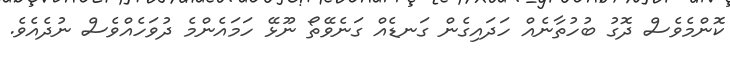
ކޮންމެވެސް ދޮގު ބުހުތާނެއް ހަދައިގެން ގަނޑެއް ގަނެވޭތޯ ނޫޅޭ ހަމައެންމެ ދުވަހެއްވެސް ނުދެއެވެ.